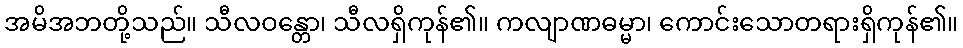
အမိအဘတို့သည်။ သီလဝန္တော၊ သီလရှိကုန်၏။ ကလျာဏဓမ္မာ၊ ကောင်းသောတရားရှိကုန်၏။